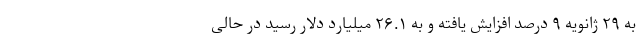
به ۲۹ ژانویه ۹ درصد افزایش یافته و به ۲۶.۱ میلیارد دلار رسید در حالی